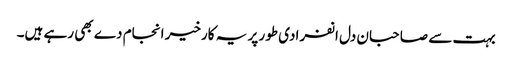
بہت سے صاحبان دل انفرادی طور پر یہ کارخیر انجام دے بھی رہے ہیں۔